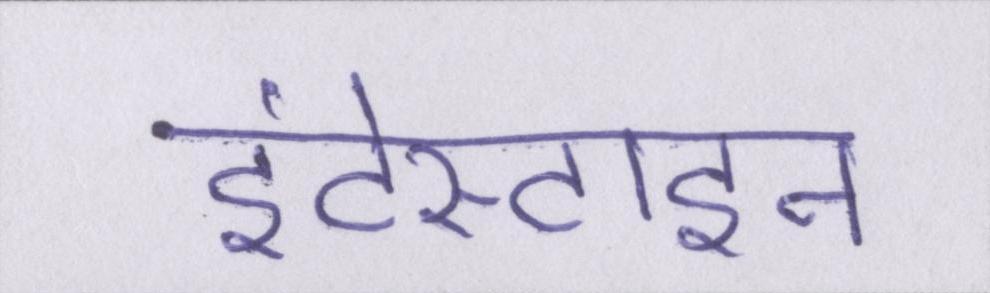
इंटेस्टाइन